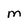
Character: M